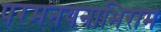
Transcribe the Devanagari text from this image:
परमनयनाभिराम